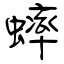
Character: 蟀